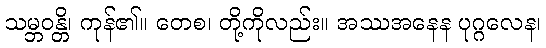
သမ္ဘဝန္တိ၊ ကုန်၏။ တေစ၊ တို့ကိုလည်း။ အဿအနေန ပုဂ္ဂလေန၊